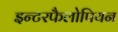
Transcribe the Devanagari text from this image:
इन्टरफैलोपियन